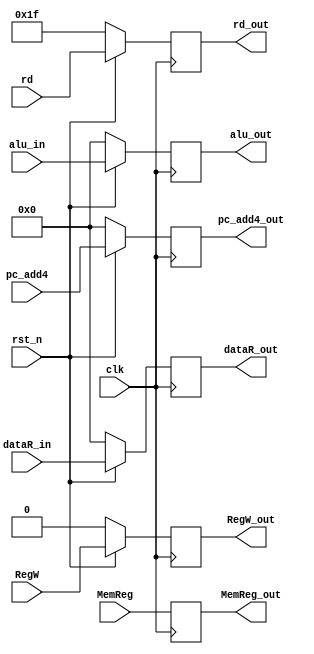
module MEM_to_WB (input clk, rst_n,
                  input [31:0] alu_in, //for normal instruction except load instruction
                  input [31:0] pc_add4,
                  input [31:0] dataR_in, //data from load instruction
                  input [4:0] rd,
                  input RegW, 
                  input [1:0] MemReg,
                  
                  output reg RegW_out, 
                  output reg [1:0] MemReg_out,
                  output reg [4:0] rd_out,
                  output reg [31:0] alu_out,
                  output reg [31:0] pc_add4_out,
                  output reg [31:0] dataR_out);
 always @(posedge clk) begin
   if (!rst_n) begin
     RegW_out <= 1'b0;
     MemReg_out <= MemReg;
     rd_out <= 5'b11111;
     alu_out <= 32'h00000000;
     pc_add4_out <= 32'h00000000;
     dataR_out <= 32'h00000000;
   end 
   else begin
     RegW_out <= RegW;
     MemReg_out <= MemReg;
     rd_out <= rd;
     alu_out <= alu_in;
     pc_add4_out <= pc_add4;
     dataR_out <= dataR_in;    
   end
 end
 endmodule